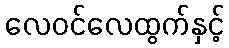
လေဝင်လေထွက်နှင့်